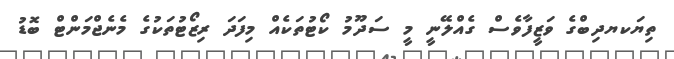
ތިޔަކޔދިބްގެ ވަޒީފާވެސް ގެއްލޭނީ މީ ސަދޫމު ކޯޓުތަކެއް މިފަދަ ރިޒޯޓުތަކުގެ މެނެޖްމަންޓް ބޮޑު